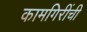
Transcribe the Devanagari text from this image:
कामगिरींची